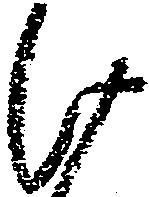
け